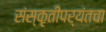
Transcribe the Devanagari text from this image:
संस्कृतीपर्यंतचा